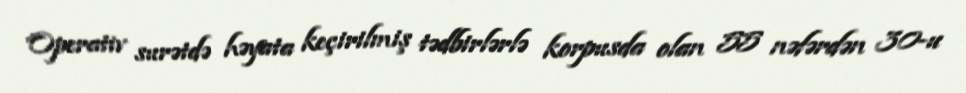
Operativ surətdə həyata keçirilmiş tədbirlərlə korpusda olan 55 nəfərdən 30-u